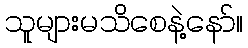
သူများမသိစေနဲ့နော်။